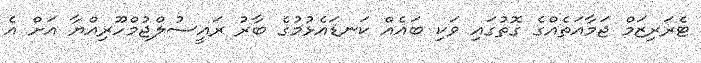
ޓެރަރިޒަމް ޖަމާއަތެއްގެ ގޮތުގައި ވަކި ބައެއް ކަނޑައެޅުމުގެ ބާރު ރައީސުލްޖުމްހޫރިއްޔާ އަށް އެ